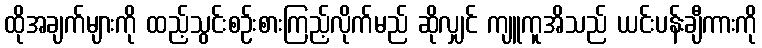
ထိုအချက်များကို ထည့်သွင်းစဉ်းစားကြည့်လိုက်မည် ဆိုလျှင် ကျူကူအိသည် ယင်းပန်းချီကားကို